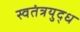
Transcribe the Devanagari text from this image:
स्वतंत्रयुद्ध